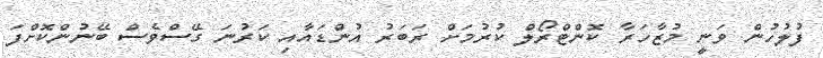
ފުލުހުން ވަނީ މުޒާހަރާ ކޮންޓްރޯލް ކުރުމަށް ރަބަރު އުންޑައާއި ކަރުނަ ގޭސްވެސް ބޭނުންކޮށްފަ